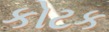
કોટક